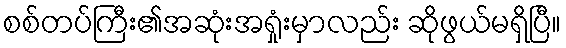
စစ်တပ်ကြီး၏အဆုံးအရှုံးမှာလည်း ဆိုဖွယ်မရှိပြီ။